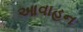
આવાહન